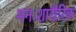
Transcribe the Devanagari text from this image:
मनःशारीरिक